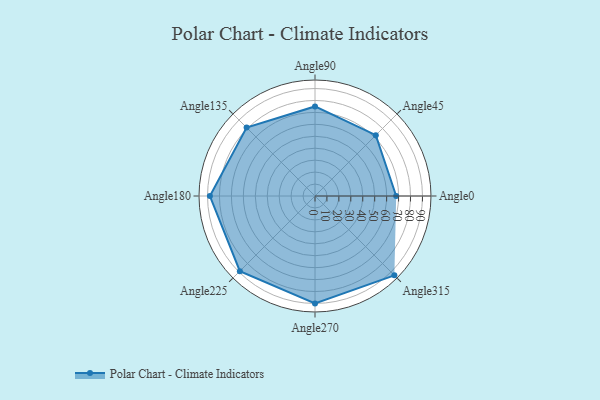
{"axis": {"x": "Angle", "y": "Radius"}, "legend": [""], "data": [{"x": "Angle0", "y": 68.0, "type": ""}, {"x": "Angle45", "y": 72.0, "type": ""}, {"x": "Angle90", "y": 75.0, "type": ""}, {"x": "Angle135", "y": 81.0, "type": ""}, {"x": "Angle180", "y": 88.0, "type": ""}, {"x": "Angle225", "y": 89.0, "type": ""}, {"x": "Angle270", "y": 90.0, "type": ""}, {"x": "Angle315", "y": 94.0, "type": ""}]}